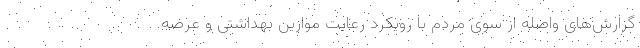
گزارش‌های واصله از سوی مردم با رویکرد رعایت موازین بهداشتی و عرضه